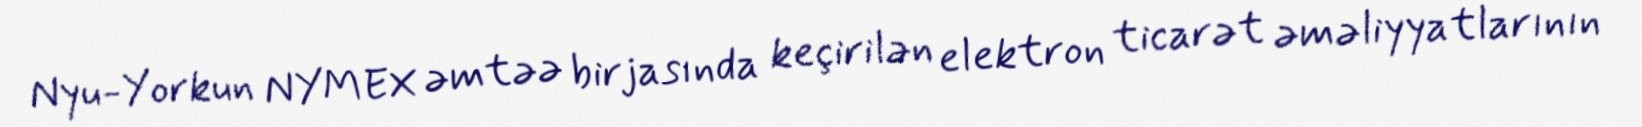
Nyu-Yorkun NYMEX əmtəə birjasında keçirilən elektron ticarət əməliyyatlarının